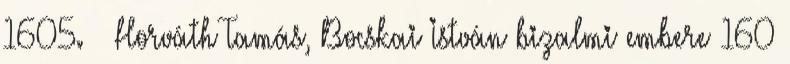
1605. – Horváth Tamás, Bocskai István bizalmi embere 160